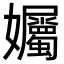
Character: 孎